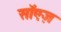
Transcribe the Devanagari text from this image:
सॉएज़